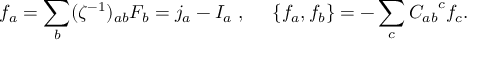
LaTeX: f _ { a } = \sum _ { b } ( \zeta ^ { - 1 } ) _ { a b } F _ { b } = j _ { a } - I _ { a } \; , \; \; \; \; \; \{ f _ { a } , f _ { b } \} = - \sum _ { c } { C _ { a b } } ^ { c } f _ { c } .